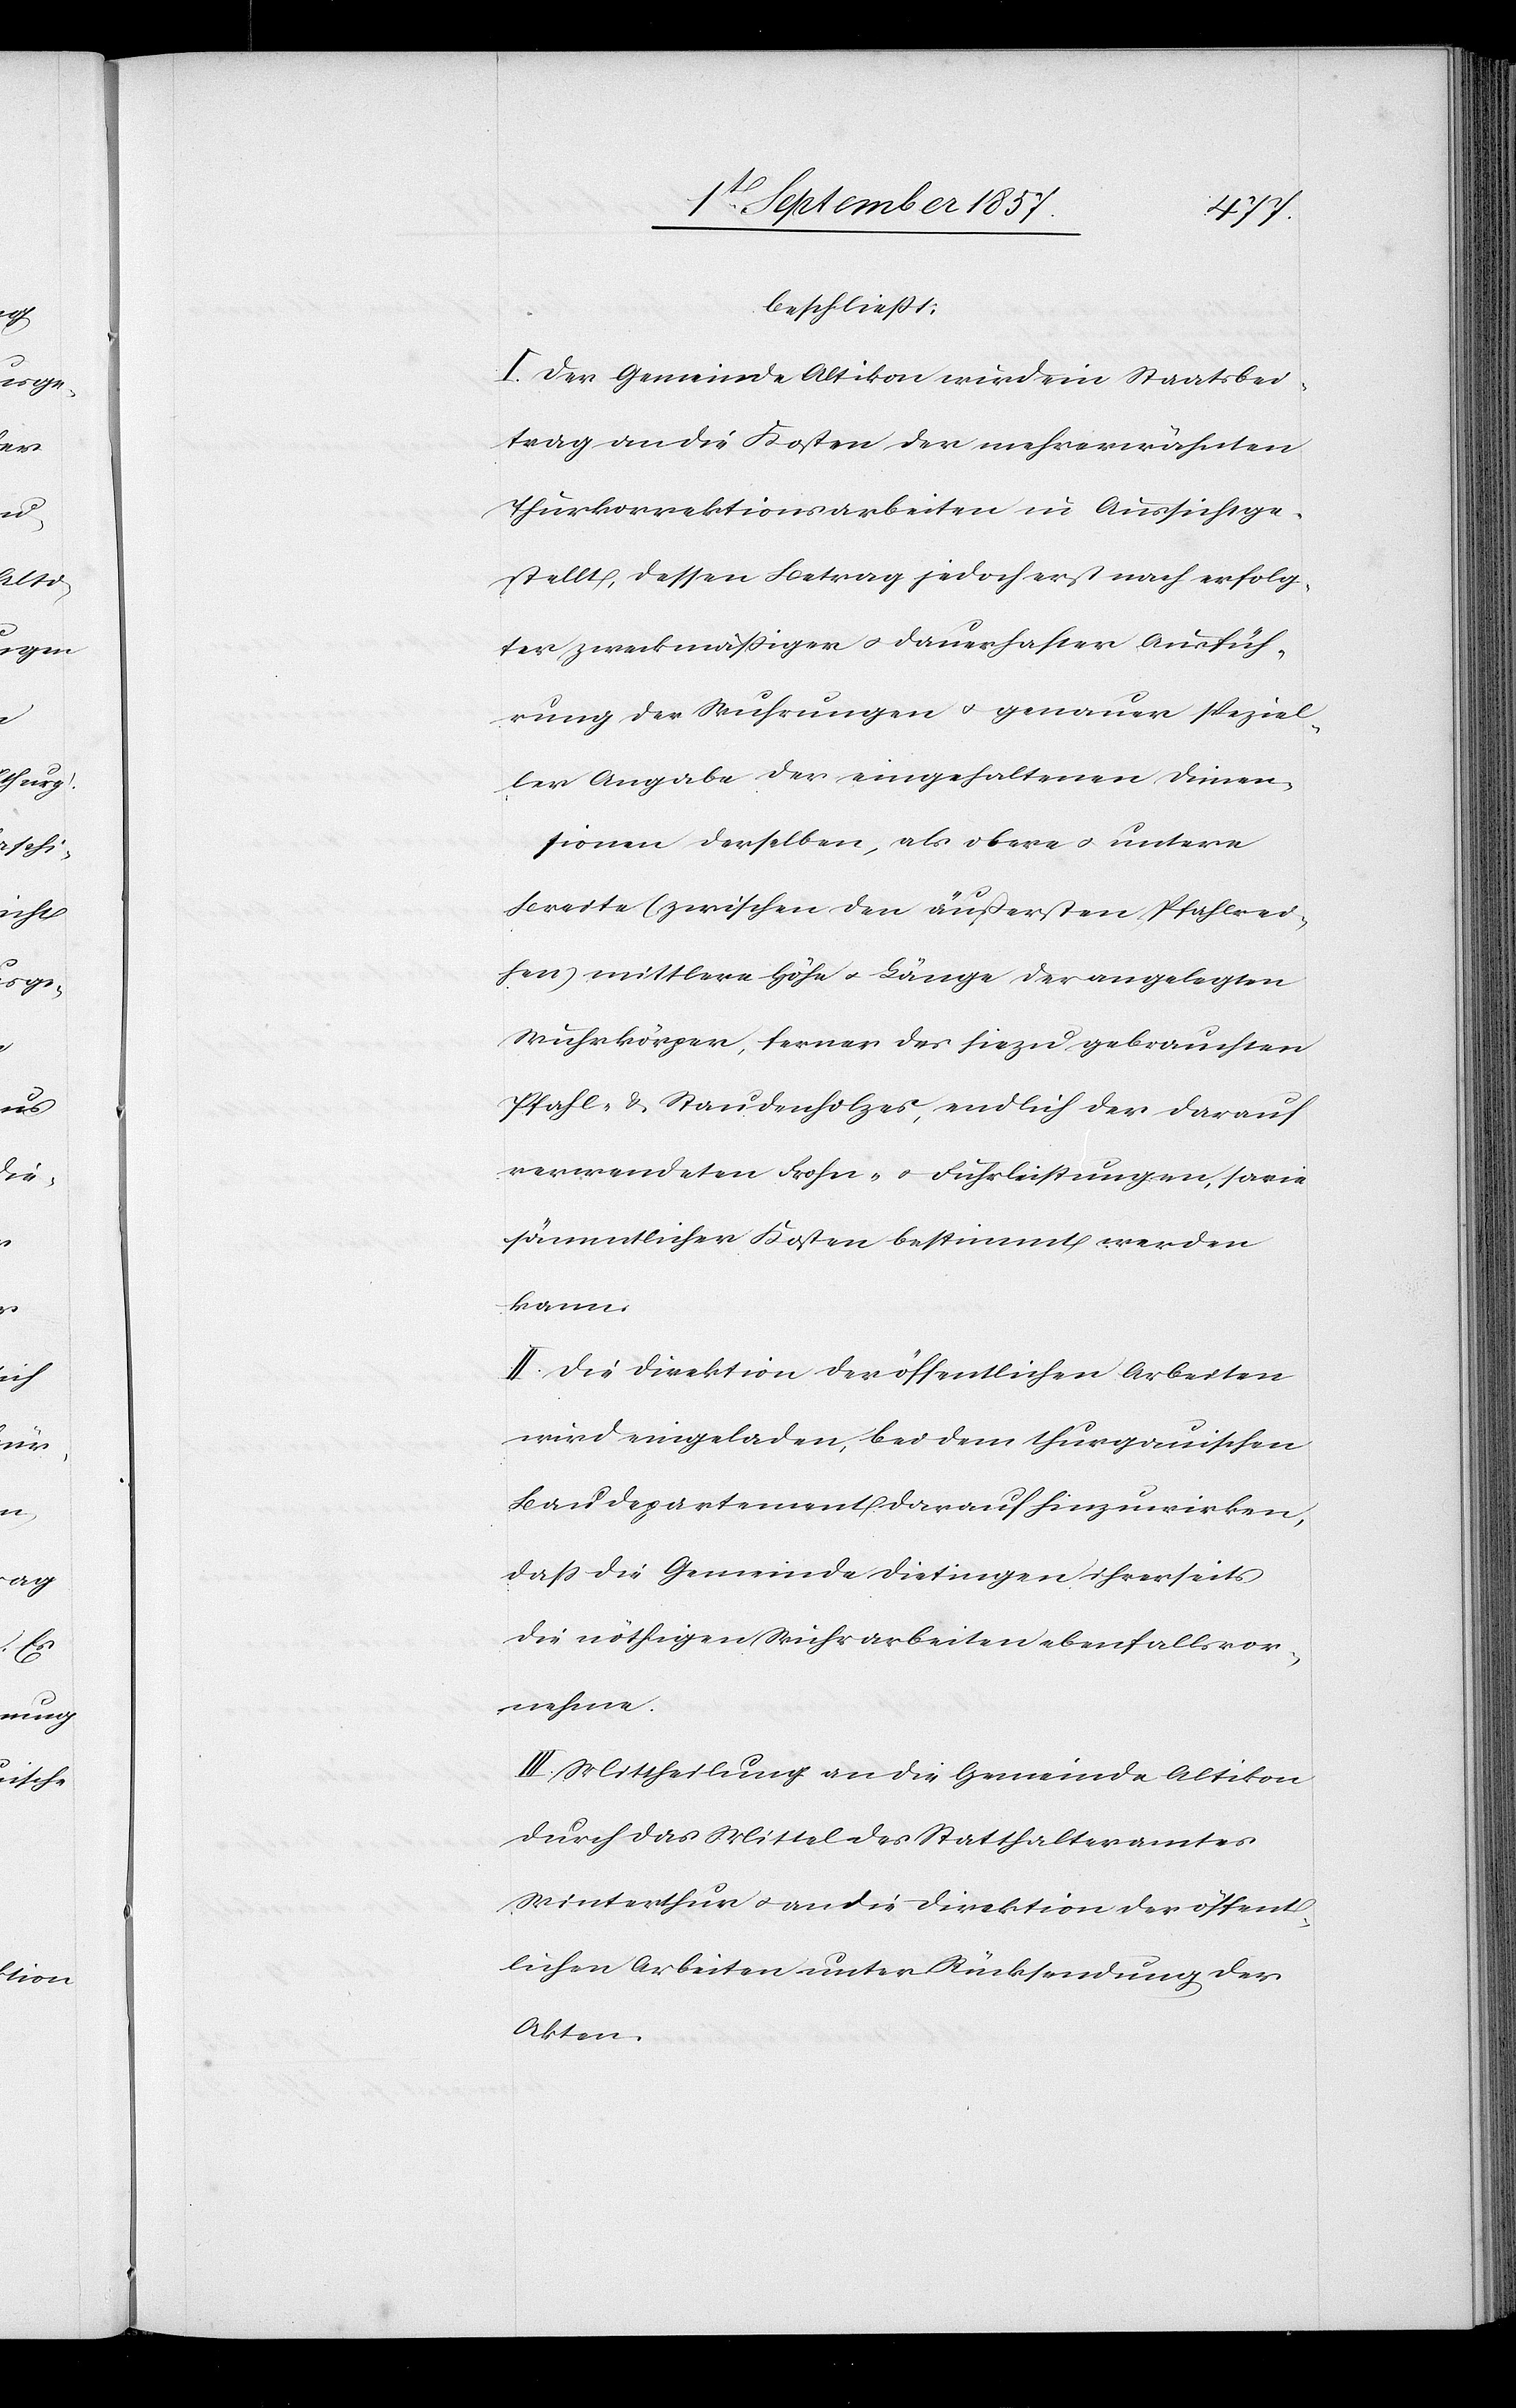
beschließt:
I. Der Gemeinde Altikon wird ein Staatsbei¬
trag an die Kosten der mehrerwähnten
Thurkorrektionsarbeiten in Aussicht ge¬
stellt, dessen Betrag jedoch erst nach erfolg¬
ter zweckmäßiger & dauerhafter Ausfüh¬
rung der Wuhrungen & genauer speziel¬
ler Angabe der eingehaltenen Dimen¬
sionen derselben, als obere & untere
Breite (zwischen den äußersten Pfahlrei¬
hen) mittlerer Höhe & Länge der angelegten
Wuhrkörper, ferner des hiezu gebrauchten
Pfahl- & Staudenholzes, endlich der darauf
verwendeten Frohn- & Fuhrleistungen, sowie
sämmtlicher Kosten bestimmt werden
kann.
II. Die Direktion der öffentlichen Arbeiten
wird eingeladen, bei dem thurgauischen
Baudepartement, darauf hinzuwirken,
daß die Gemeinde Dietingen, ihrerseits
die nöthigen Wuhrarbeiten ebenfalls vor¬
nehme.
III. Mittheilung an die Gemeinde Altikon
durch das Mittel des Statthalteramtes
Winterthur & an die Direktion der öffent¬
lichen Arbeiten unter Rücksendung der
Akten.